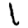
Digit: 1